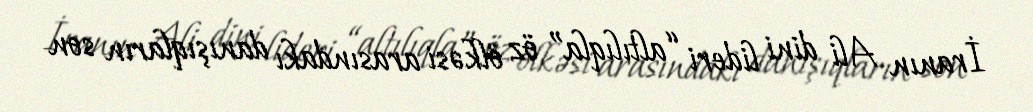
İranın Ali dini lideri “altılıqla” öz ölkəsi arasındakı danışıqların son